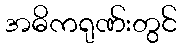
အဓိကရုဏ်းတွင်